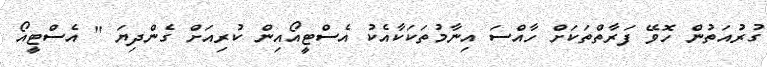
ގުރުއަތުން ހޮވޭ ފަރާތްތަކަށް ހާއްސަ އިނާމުތަކަކާއެކު އެސްޓީއޯއިން ކުރިއަށް ގެންދިޔަ " އެސްޓީއޯ